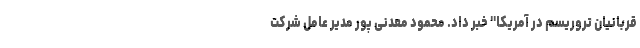
قربانیان تروریسم در آمریکا" خبر داد. محمود معدنی پور مدیر عامل شرکت